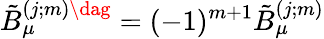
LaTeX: \tilde{B}_{\mu}^{(j;m)\dag}=(-1)^{m+1}\tilde{B}_{\mu}^{(j;m)}